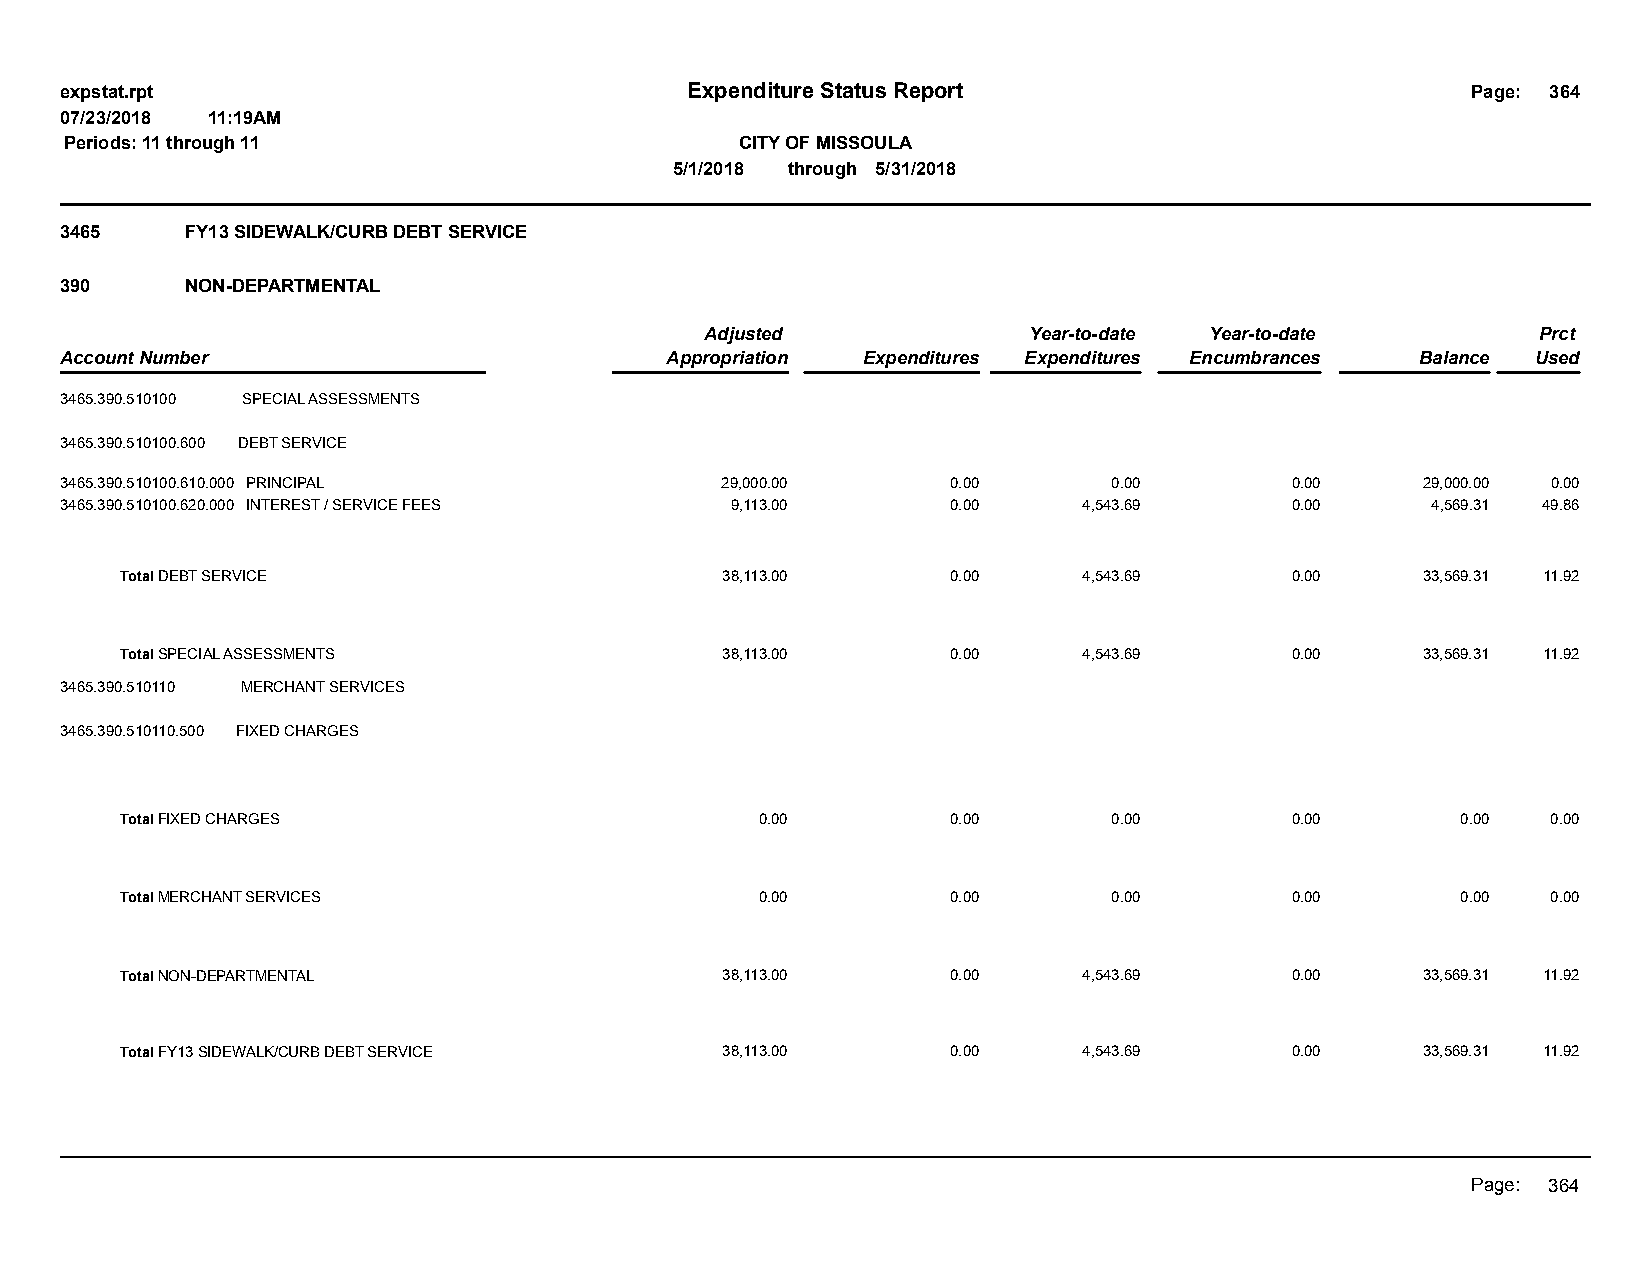
expstat.rpt                              Expenditure Status Report                           Page: 364
 07/23/2018 11:19AM
 Periods: 11 through 11                       CITY OF MISSOULA
 5/1/2018 through 5/31/2018
 3465    FY13 SIDEWALK/CURB DEBT SERVICE
 390     NON-DEPARTMENTAL
 Adjusted             Year-to-date Year-to-date         Prct
 Account Number                          Appropriation Expenditures Expenditures Encumbrances Balance Used
 3465.390.510100 SPECIAL ASSESSMENTS
 3465.390.510100.600 DEBT SERVICE
 3465.390.510100.610.000 PRINCIPAL           29,000.00      0.00       0.00       0.00     29,000.00 0.00
 3465.390.510100.620.000 INTEREST / SERVICE FEES 9,113.00   0.00     4,543.69     0.00      4,569.31 49.86
 Total DEBT SERVICE                      38,113.00      0.00     4,543.69     0.00     33,569.31 11.92
 Total SPECIAL ASSESSMENTS               38,113.00      0.00     4,543.69     0.00     33,569.31 11.92
 3465.390.510110 MERCHANT SERVICES
 3465.390.510110.500 FIXED CHARGES
 Total FIXED CHARGES                       0.00         0.00       0.00       0.00        0.00  0.00
 Total MERCHANT SERVICES                   0.00         0.00       0.00       0.00        0.00  0.00
 Total NON-DEPARTMENTAL                  38,113.00      0.00     4,543.69     0.00     33,569.31 11.92
 Total FY13 SIDEWALK/CURB DEBT SERVICE   38,113.00      0.00     4,543.69     0.00     33,569.31 11.92
 Page: 364